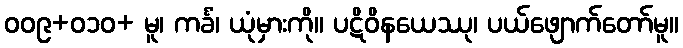
၀၀၉+၀၁၀+ မူ၊ ကင်္ခံ၊ ယုံမှားကို။ ပဋိဝိနယေဿု၊ ပယ်ဖျောက်တော်မူ။